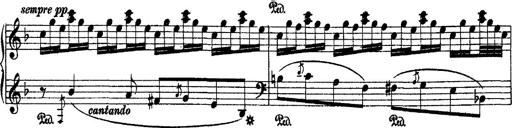
Title: 2 KonzertetÃ¼den
Composer: Franz Liszt